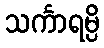
သင်္ကာရမ္ပိ